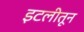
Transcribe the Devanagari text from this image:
इटलीतून